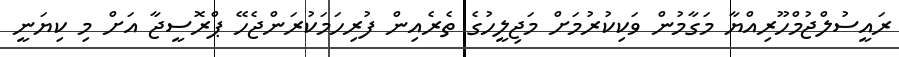
ރައީސުލްޖުމްހޫރިއްޔާ މަގާމުން ވަކިކުރުމަށް މަޖިލީހުގެ ތެރެއިން ފުރިހަމަކުރަންޖެހޭ ޕްރޮސީޖާ އަށް މި ކިޔަނީ